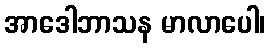
အာဒေါဘာသန မာလာပေါ၊